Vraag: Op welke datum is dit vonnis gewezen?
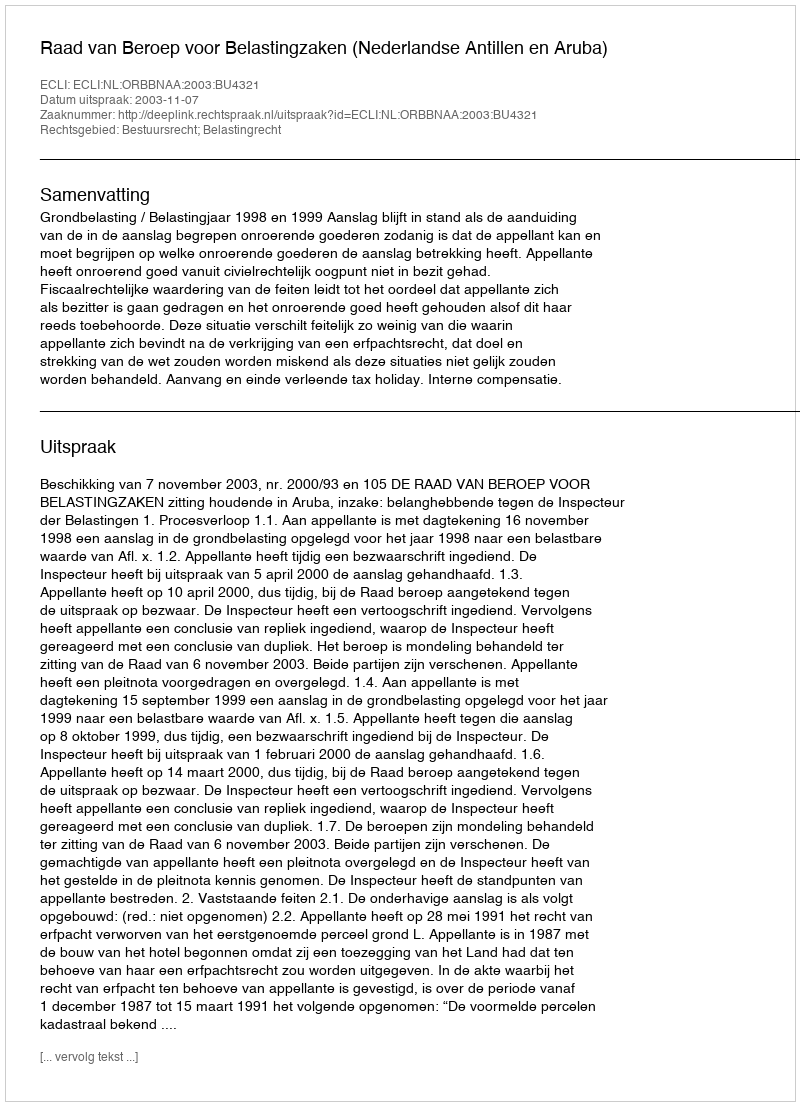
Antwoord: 2003-11-07